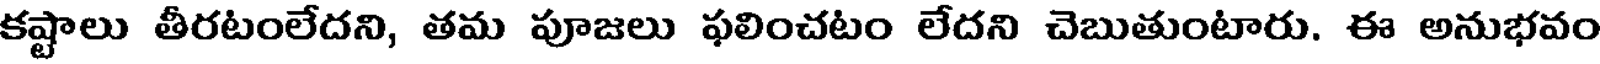
కష్టాలు తీరటంలేదని, తమ పూజలు ఫలించటం లేదని చెబుతుంటారు. ఈ అనుభవం